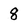
Character: 8